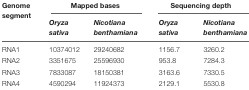
<table><thead><tr><td><b>Genome segment</b></td><td colspan="2"><b>Mapped bases</b></td><td colspan="2"><b>Sequencing depth</b></td></tr><tr><td></td><td><b><i>Oryza sativa</i></b></td><td><b><i>Nicotiana benthamiana</i></b></td><td><b><i>Oryza sativa</i></b></td><td><b><i>Nicotiana benthamiana</i></b></td></tr></thead><tbody><tr><td>RNA1</td><td>10374012</td><td>29240682</td><td>1156.7</td><td>3260.2</td></tr><tr><td>RNA2</td><td>3351675</td><td>25596930</td><td>953.8</td><td>7284.3</td></tr><tr><td>RNA3</td><td>7833087</td><td>18150381</td><td>3163.6</td><td>7330.5</td></tr><tr><td>RNA4</td><td>4590294</td><td>11924373</td><td>2129.1</td><td>5530.8</td></tr></tbody></table>